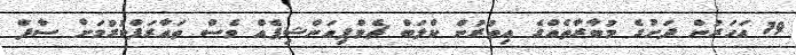
19 އަހަރުން ދަށުގެ މުބާރާތެއްގެ އިތުރުން ކްލަބް ޗެމްޕިއަންޝިޕެއް ވެސް ތައާރަފްކުރުމަށް ސާފް